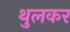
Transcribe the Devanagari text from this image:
थुलकर